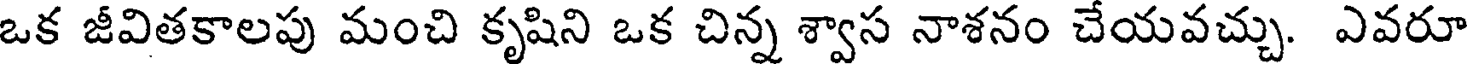
ఒక జీవితకాలపు మంచి కృషిని ఒక చిన్న శ్వాస నాశనం చేయవచ్చు. ఎవరూ